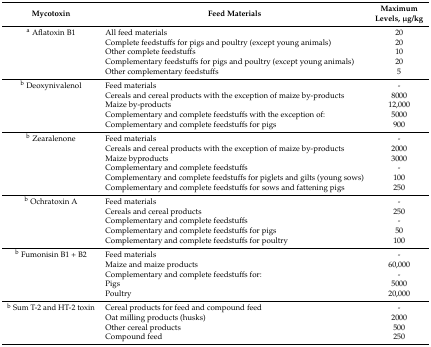
<table><thead><tr><td><b>Mycotoxin</b></td><td><b>Feed Materials</b></td><td><b>Maximum Levels, μg/kg</b></td></tr></thead><tbody><tr><td><sup>a</sup> Aflatoxin B1</td><td>All feed materials</td><td>20</td></tr><tr><td></td><td>Complete feedstuffs for pigs and poultry (except young animals)</td><td>20</td></tr><tr><td></td><td>Other complete feedstuffs</td><td>10</td></tr><tr><td></td><td>Complementary feedstuffs for pigs and poultry (except young animals)</td><td>20</td></tr><tr><td></td><td>Other complementary feedstuffs</td><td>5</td></tr><tr><td><sup>b</sup> Deoxynivalenol</td><td>Feed materials</td><td>-</td></tr><tr><td></td><td>Cereals and cereal products with the exception of maize by-products</td><td>8000</td></tr><tr><td></td><td>Maize by-products</td><td>12,000</td></tr><tr><td></td><td>Complementary and complete feedstuffs with the exception of:</td><td>5000</td></tr><tr><td></td><td>Complementary and complete feedstuffs for pigs</td><td>900</td></tr><tr><td><sup>b</sup> Zearalenone</td><td>Feed materials</td><td>-</td></tr><tr><td></td><td>Cereals and cereal products with the exception of maize by-products</td><td>2000</td></tr><tr><td></td><td>Maize byproducts</td><td>3000</td></tr><tr><td></td><td>Complementary and complete feedstuffs</td><td>-</td></tr><tr><td></td><td>Complementary and complete feedstuffs for piglets and gilts (young sows)</td><td>100</td></tr><tr><td></td><td>Complementary and complete feedstuffs for sows and fattening pigs</td><td>250</td></tr><tr><td><sup>b</sup> Ochratoxin A</td><td>Feed materials</td><td>-</td></tr><tr><td></td><td>Cereals and cereal products</td><td>250</td></tr><tr><td></td><td>Complementary and complete feedstuffs</td><td>-</td></tr><tr><td></td><td>Complementary and complete feedstuffs for pigs</td><td>50</td></tr><tr><td></td><td>Complementary and complete feedstuffs for poultry</td><td>100</td></tr><tr><td><sup>b</sup> Fumonisin B1 + B2</td><td>Feed materials</td><td>-</td></tr><tr><td></td><td>Maize and maize products</td><td>60,000</td></tr><tr><td></td><td>Complementary and complete feedstuffs for:</td><td>-</td></tr><tr><td></td><td>Pigs</td><td>5000</td></tr><tr><td></td><td>Poultry</td><td>20,000</td></tr><tr><td><sup>b</sup> Sum T-2 and HT-2 toxin</td><td>Cereal products for feed and compound feed</td><td>-</td></tr><tr><td></td><td>Oat milling products (husks)</td><td>2000</td></tr><tr><td></td><td>Other cereal products</td><td>500</td></tr><tr><td></td><td>Compound feed</td><td>250</td></tr></tbody></table>